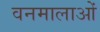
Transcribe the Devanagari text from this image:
वनमालाओं